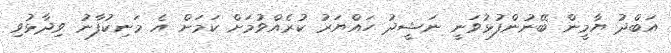
އަބްދު ޔާމީން ބޭނުންފުޅުވަނީ ނަޝީދު ހައްޔަރު ކުރެއްވުމަށް ކަމަށް އެ މަނިކުފާނު ވިދާޅުވި